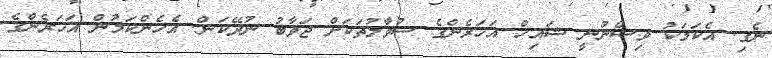
ނެގި. އެކަމަކު ވިސްނުނީ ޝައިޚް އަހަރެންގެ ސުވާލުތަކަށް ޖަވާބު ނުދޭކަން. އެހެންކަމުން އަހަރެންގެ